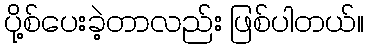
ပို့စ်ပေးခဲ့တာလည်း ဖြစ်ပါတယ်။